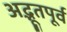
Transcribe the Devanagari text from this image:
अद्भूतपूर्व